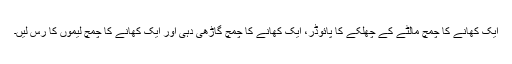
ایک کھانے کا چمچ مالٹے کے چھلکے کا پائوڈر، ایک کھانے کا چمچ گاڑھی دہی اور ایک کھانے کا چمچ لیموں کا رس لیں۔